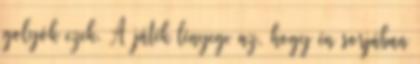
golyók ezek. A játék lényege az, hogy én sorjában